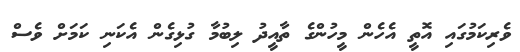
ވެރިކަމުގައި އޮތީ އެހެން މީހުންގެ ތާއީދު ލިބުމާ ގުޅިގެން އެކަނި ކަމަށް ވެސް